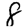
Digit: 8